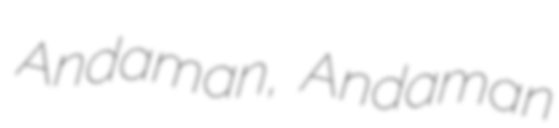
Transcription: Andaman, Andaman